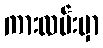
ကားလမ်းမှာ